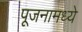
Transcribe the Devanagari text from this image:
पूजनामध्ये